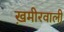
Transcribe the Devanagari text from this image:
ख़मीरवाली